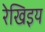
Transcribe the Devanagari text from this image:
रेखिइय